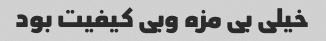
خیلی بی مزه وبی کیفیت بود